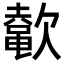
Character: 𬅲